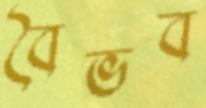
বৈভব